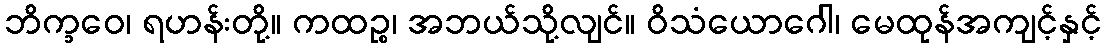
ဘိက္ခဝေ၊ ရဟန်းတို့။ ကထဉ္စ၊ အဘယ်သို့လျင်။ ဝိသံယောဂေါ၊ မေထုန်အကျင့်နှင့်